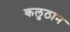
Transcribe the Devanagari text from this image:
कलुठान